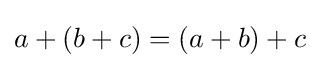
a+(b+c)=(a+b)+c